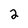
Character: 2